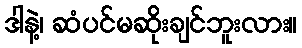
ဒါနဲ့၊ ဆံပင်မဆိုးချင်ဘူးလား။